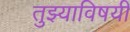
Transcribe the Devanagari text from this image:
तुझ्याविषयी